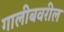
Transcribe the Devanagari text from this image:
गालीबवरील